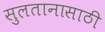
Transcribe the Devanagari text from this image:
सुलतानासाठी